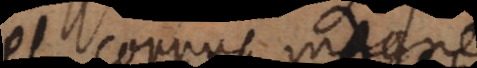
et corpus magneticum